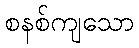
စနစ်ကျသော